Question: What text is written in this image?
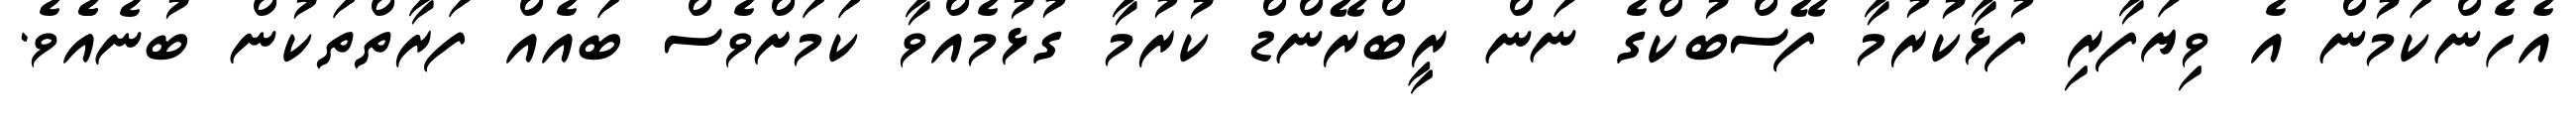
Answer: އެހެންކަމުން އެ ވިޔަފާރި ފުޅާކުރުމާ ފޭސްބުކްގެ ނަން ރީބްރޭންޑް ކުރުމާ ގުޅުމެއްވާ ކަމަށްވެސް ބައެއް ފަރާތްތަކުން ބުނެއެެވެ.